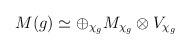
LaTeX: \begin{align*}M(g)\simeq \oplus_{\chi_g}M_{\chi_g}\otimes V_{\chi_g}\end{align*}